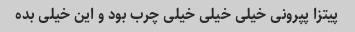
پیتزا پپرونی خیلی خیلی خیلی چرب بود و این خیلی بده